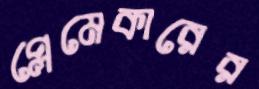
প্লেমেকারের